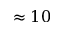
\approx 1 0